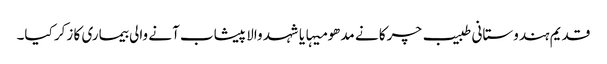
قدیم ہندوستانی طبیب چرکا نے مدھو میہا یا شہد والا پیشاب آنے والی بیماری کا زکر کیا۔